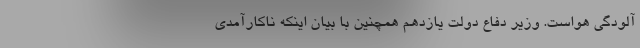
آلودگی هواست. وزیر دفاع دولت یازدهم همچنین با بیان اینکه ناکارآمدی